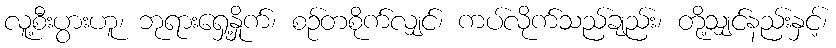
လူ့စီးပွားဟူ၊ ဘုရားရှေ့နှိုက်၊ စဉ်တစိုက်လျှင်၊ ကပ်လိုက်သည်ချည်း၊ တို့သျှင်နည်းနှင့်၊